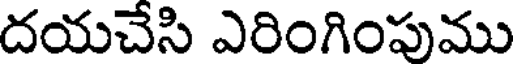
దయచేసి ఎరింగింపుము